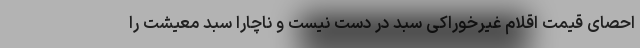
احصای قیمت اقلام غیرخوراکی سبد در دست نیست و ناچاراً سبد معیشت را